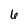
Character: 6